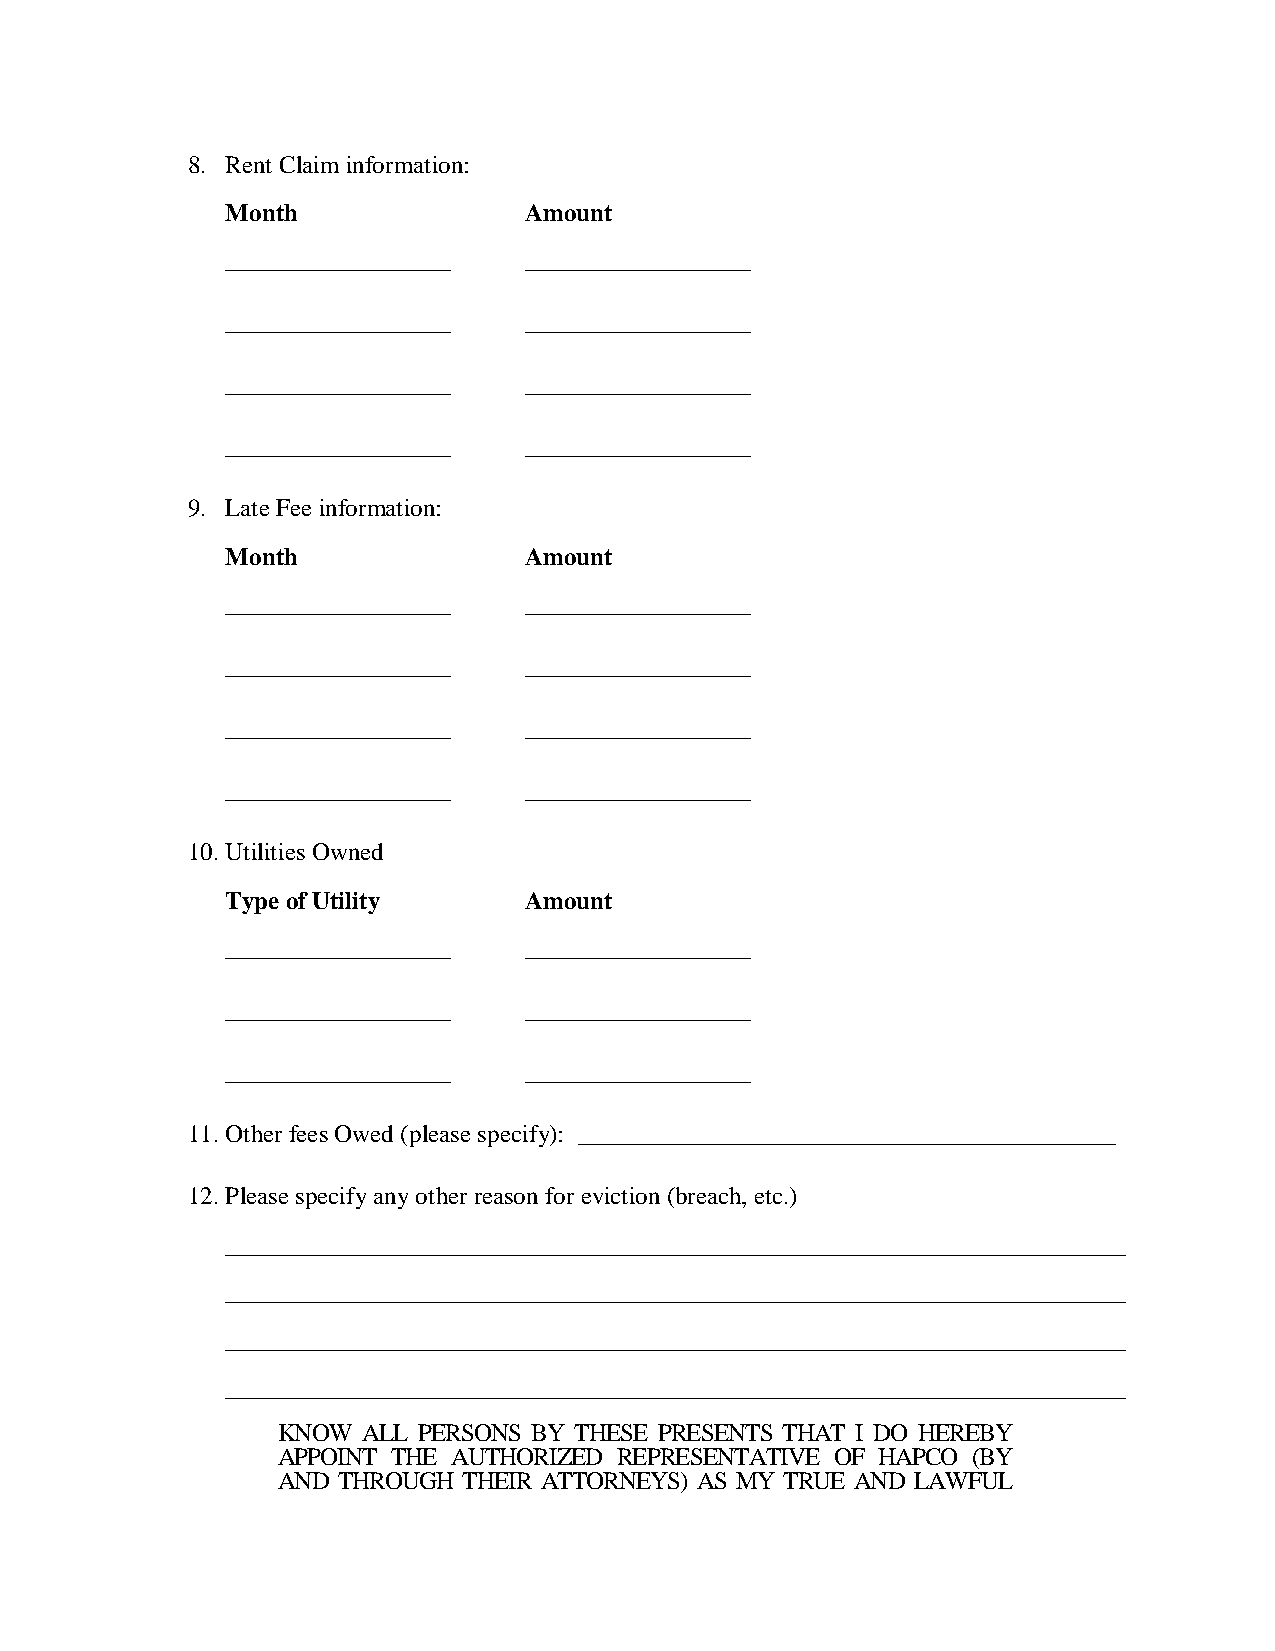
8. Rent Claim information:
 Month               Amount
 __________________  __________________
 __________________  __________________
 __________________  __________________
 __________________  __________________
 9. Late Fee information:
 Month               Amount
 __________________  __________________
 __________________  __________________
 __________________  __________________
 __________________  __________________
 10. Utilities Owned
 Type of Utility     Amount
 __________________  __________________
 __________________  __________________
 __________________  __________________
 11. Other fees Owed (please specify): ___________________________________________
 12. Please specify any other reason for eviction (breach, etc.)
 ________________________________________________________________________
 ________________________________________________________________________
 ________________________________________________________________________
 ________________________________________________________________________
 KNOW  ALL PERSONS BY THESE PRESENTS THAT I DO HEREBY
 APPOINT THE AUTHORIZED REPRESENTATIVE OF HAPCO (BY
 AND THROUGH  THEIR ATTORNEYS) AS MY TRUE AND LAWFUL